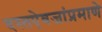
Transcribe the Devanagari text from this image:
दस्तऐवजांप्रमाणे